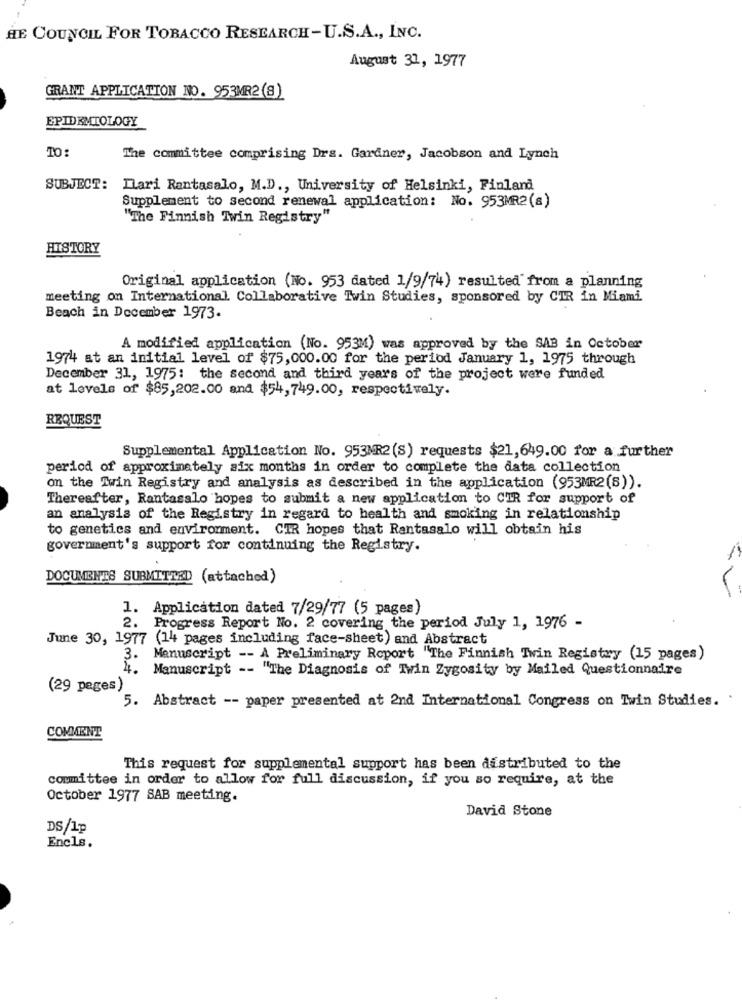
HE COUNCIL FOR TOBACCO RESEARCH-U.S.A ., INC.
August 31, 1977
GRANT APPLICATION NO. 953MR2 (8)
EPIDEMIOLOGY
TO:
The committee comprising Drs. Gardner, Jacobson and Lynch
SUBJECT:
Mari Rantasalo, M.D ., University of Helsinki, Finland
Supplement to second renewal application: No. 953MRZ(s)
"The Finnish Twin Registry"
HISTORY
Original application (No. 953 dated 1/9/74) resulted" from a planning
meeting on International Collaborative Twin Studies, sponsored by CIR in Miami
Beach in December 1973.
A modified application (No. 953M) was approved by the SAB in October
1974 at an initial level of $75,000.00 for the period January 1, 1975 through
December 31, 1975: the second and third years of the project were funded
at levels of $85,202.00 and $54,749.00, respectively.
REQUEST
Supplemental Application No. 953MR2 (S) requests $21,649.00 for a further
period of approximately six months in order to complete the data collection
on the Iwin Registry and analysis as described in the application (953MR2(s)).
Thereafter, Rantasalo hopes to submit a new application to CIR for support of
an analysis of the Registry in regard to health and smoking in relationship
to genetics and environment. CIR hopes that Rantasalo will obtain his
government's support for continuing the Registry.
DOCUMENTS SUBMITTED (attached)
1. Application dated 7/29/77 (5 pages)
2. Progress Report No. 2 covering the period July 1, 1976 -
June 30, 1977 (14 pages including face-sheet) and Abstract
3. Manuscript -- A Preliminary Report "The Finnish Twin Registry (15 pages)
4. Manuscript -- "The Diagnosis of Twin Zygosity by Mailed Questionnaire
(29 peges)
5. Abstract -- paper presented at 2nd International Congress on Iwin Studies.
COMMENT
This request for supplemental support has been distributed to the
committee in order to allow for full discussion, if you so require, at the
October 1977 SAB meeting.
David Stone
DS/1p
Encls.